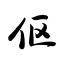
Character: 伛